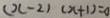
( x - 2 ) ( x + 1 ) = 0